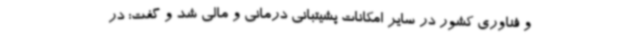
و فناوری کشور در سایر امکانات پشیتبانی درمانی و مالی شد و گفت: در